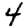
Digit: 4